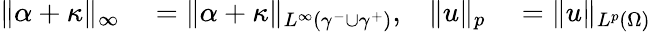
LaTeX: \begin{array}{rlrl}{\| \alpha+\kappa\| _{\infty}}&{{}=\| \alpha+\kappa\| _{L^{\infty}(\gamma^{-}\cup\gamma^{+})},}&{\| u\| _{p}}&{{}=\| u\| _{L^{p}(\Omega)}}\end{array}